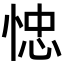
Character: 㥙